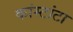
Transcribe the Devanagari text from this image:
कांस्टांटा